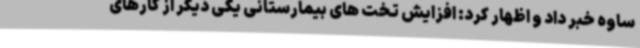
ساوه خبر داد و اظهار کرد: افزایش تخت های بیمارستانی یکی دیگر از کارهای